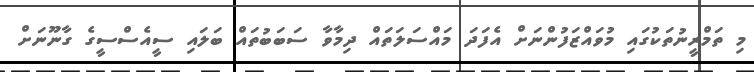
މި ތަމްރީނުތަކުގައި މުވައްޒަފުންނަށް އެފަދަ މައްސަލަތައް ދިމާވާ ސަބަބުތައް ބަލައި ސީއެސްސީގެ ގާނޫނަށް